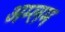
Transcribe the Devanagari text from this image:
अम्लम